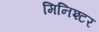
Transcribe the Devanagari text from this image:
मिनिश्टर